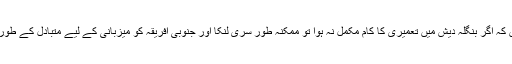
اس طرح کی بھی اطلاعات ہیں کہ اگر بنگلہ دیش میں تعمیری کا کام مکمل نہ ہوا تو ممکنہ طور سری لنکا اور جنوبی افریقہ کو میزبانی کے لیے متبادل کے طور پر تیار رہنے کو کہا گيا ہے۔